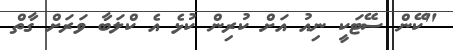
"ކޭން ސޭޓަކީ ނިއު އަށް ކުރިން ކުޅެ އެ ކްލަބާ ވަރަށް ގާތް